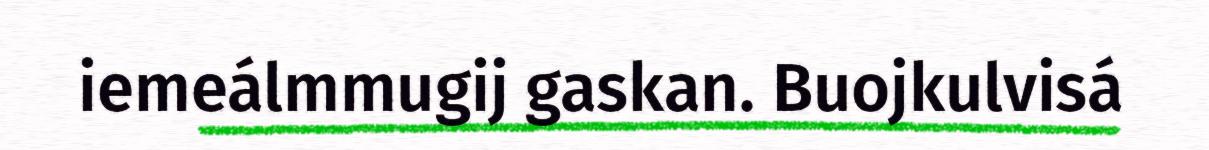
iemeálmmugij gaskan. Buojkulvisá